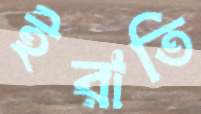
ইরাতি